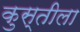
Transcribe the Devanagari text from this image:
कुस्तीला